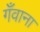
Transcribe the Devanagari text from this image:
गँवाना